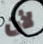
لأن